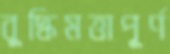
বুদ্ধিমত্তাপূর্ণ